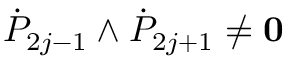
{ \dot { P } } _ { 2 j - 1 } \wedge { \dot { P } } _ { 2 j + 1 } \not = { \bf 0 }